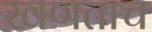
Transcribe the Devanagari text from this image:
खणताच